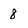
Character: 8